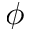
\phi